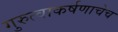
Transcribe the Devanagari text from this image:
गुरुत्वाकर्षणाचेच